Vaccination in Burma 1920-1933 - 1920-1933
Year: 1920
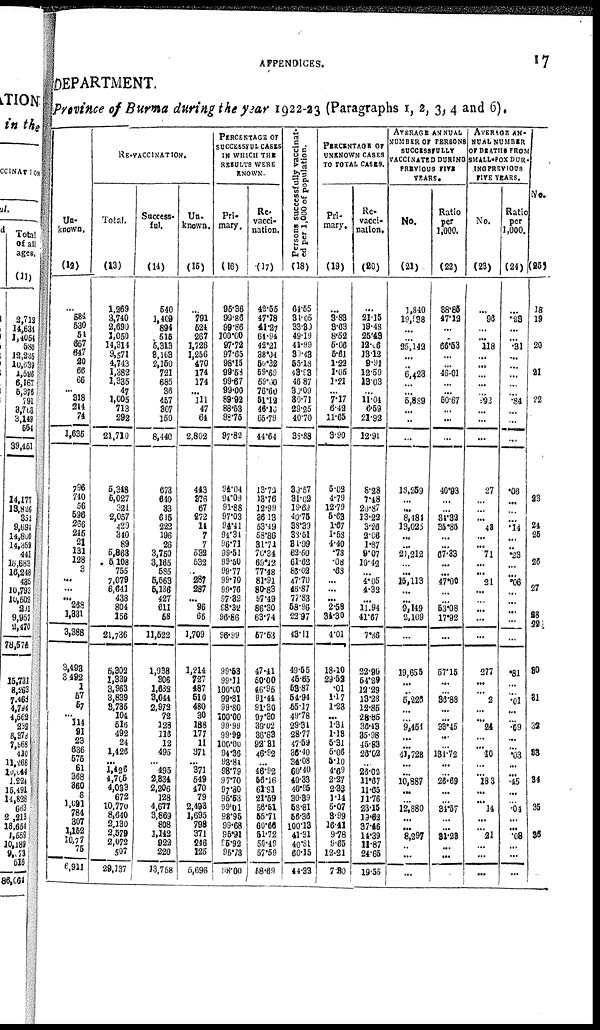
APPENDICES.
17
DEPARTMENT.
Province of Burma during the year 1922-23 (Paragraphs 1, 2, 3, 4 and 6).
Un-
known.
(12)
...
.684
530
54
667
647
20
66
66
... 318
244
71
1,635
796
740
56
696
266
245
21
131
128
3
...
...
... 268
1,331
3,388
3,498
3,492
1
57
57
... 114
91
23
636
575
61
368
360 8
1,691
784
307
1,152
10,77
75
6,911
RE-VACCINATION.
Total.
(13)
1,269
3,740
2,690
1,050
14,314
9,571
4,743
1,382
1,336
47
1,005
713
292
21,710
5,348
5,027
321
2,057
429
340
89
5,863
5,108
755
7,079
6,641
438
804
156
21,736
5,302
1,339
3,963
3,839
3,735
104
516
492
24
1,426
...
1,426
4,705
4,033
672
10,770
8,640
2,130
2,579
2,072
507
29,137
Success-
ful.
(14)
540
1,409
894
515
5,313
3,163
2,150
721
685
36
457
307
150
8,140
673
640
33
615
222
196
26
3,750
3,165
585
5,563
5,136
427
611
58
11,522
1,938
306
1,632
8,044
2,972
72
128
116
12
495
... 495
2,334
2,206
128
4,677
3,869
808
1,142
922
220
13,758
Un-
known.
(15)
...
791
624
267
1,726
1,256
470
174
174
... 111
47
64
2,802
443
376
67
272
14
7
7
532
532
.. 287
287
... 96
65
1,709
1,214
727
487
510
480
30
188
177
11
371
... 371
549
470
79
2,493
1,695
798
371
246
125
5,696
PERCENTAGE OF
SUCCESSFUL CASES
IN WHICH THE
RESULTS WERE
KNOWN.
Pri-
mary.
(16)
95.36
99.86
99.86
100.00
97.72
97.65
98.15
99.58
99.67
99.00
89.92
88.63
98.75
97.82
91.04
94.09
91.88
97.03
91.41
94.34
96.71
99.51
99.50
99.77
99.70
99.76
97.82
98.32
96.86
96.99
99.53
99.11
100.00
99.81
99.80
100.00
99.99
99.99
100.00
94.36
93.84
98.79
97.70
97.80
95.53
99.01
98.95
99.68
95.91
95.92
95.73
98.00
Re-
vacci-
nation.
(17)
42.55
47.78
41.27
64.94
42.21
38.04
50.32
59.69
59.00
76.60
51.12
46.10
65.79
44.64
13.72
13.76
12.99
36.13
53.49
58.86
31.71
70.34
69.12
77.48
81.91
80.83
97.49
86.30
63.74
57.53
47.41
50.00
46.95
91.44
91.30
97.30
39.02
36.83
92.81
46.92
...
46.92
56.16
61.91
21.69
56.51
55.71
60.66
51.72
50.49
57.69
68.69
Persons successfully vaccinat-
ed per 1,000 of population.
(18)
64.55
34.05
33.30
49.19
41.99
35.43
65.18
43.93
46.87
30.09
80.71
29.25
40.70
33.88
30.57
31.02
19.60
40.75
38.39
38.51
34.99
62.50
61.62
86.02
47.70
16.87
77.83
58.96
22.97
43.11
49.55
45.65
53.87
54.94
55.17
49.78
29.91
28.77
47.59
36.40
31.08
60.40
40.33
40.95
30.39
58.81
56.36
100.13
41.31
40.81
60.15
44.33
PERCENTAGE OF
UNKNOWN CASES
TO TOTAL CASES.
Pri-
mary.
(19)
...
3.83
3.63
8.62
5.06
5.61
1.22
1.05
1.21
... 7.17
6.42
11.65
3.90
5.02
4.79
12.79
5.63
1.67
1.58
4.40
.78
.08
.68
...
...
... 2.58
34.90
4.01
18.10
29.52
.01
1.17
1.23
... 1.34
1.13
5.31
5.06
5.10
4.69
2.27
2.32
1.14
5.07
3.99
16.11
9.78
9.65
12.21
7.30
Re-
vacci-
nation.
(20)
...
21.15
19.48
25.49
12.06
13.12
9.91
12.59
13.03
...
11.04
6.59
21.92
12.91
8.28
7.48
20.87
13.22
3.26
2.06
1.87
9.07
10.42
. ..
4.05
4.32
... 11.94
41.67
7.86
22.96
54.29
12.29
13.28
12.85
28.85
36.43
35.98
45.83
26.02
...
26.02
11.67
11.65
11.76
23.15
19.62
37.46
14.39
11.87
24.65
19.55
AVERAGE ANNUAL
NUMBER OF PERSONS
SUCCESSFULLY
VACCINATED DURING
PREVIOUS FIVE
YEARS.
No.
(21)
1,840
19,938
...
... 25,142
...
...
6,423
...
...
5,889
... ...
...
18,259
...
...
8,481
13,025
...
...
21,212
... ...
15,113
...
...
9,149
2,109
...
19,656
...
...
5,226
...
...
9.461
...
...
41,728
...
...
10,887
...
... 12,880
...
...
8,297
... ...
...
Ratio
per
1,000.
(22)
88.85
47.12
...
...
66.53
...
. ..
46.01
...
...
50.67
...
...
...
40.93
...
...
84.32
35.85
... ...
67.33
... ...
47.00
...
... 53.08
17.92
...
57.15
...
...
36.88
...
...
93.45
...
...
131.72
...
...
26.69
...
...
34.57
...
...
31.23
... ...
...
AVERAGE AN-
NUAL NUMBER
Of DEATHS FROM
SMALL-POX DUR-
ING PREVIOUS
FIVE YEARS.
No.
(23)
...
96
...
... 118
...
...
...
...
... 92
... ...
...
27
...
... . .. 48
... ... 71
... ... 21
...
... ...
...
...
277
...
... 2
...
... 24
...
... 10
...
... 18.3
...
... .14
...
... 21
... ...
...
Ratio
per
1,000.
(24)
...
.23
...
... .31
...
...
...
...
... .84
...
No.
(25)
18
19
20
21
...
...
22
...
...
.06
...
...
...
.14
...
...
.23
...
...
.06
...
...
...
...
...
.81
...
...
.01
...
...
.09
...
...
.03
... ...
.45
...
... .04
...
...
.08
... ...
...
23
24
25
26
27
28
29
30
31
32
33
34
35
35